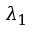
\lambda _ { 1 }